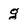
Character: g